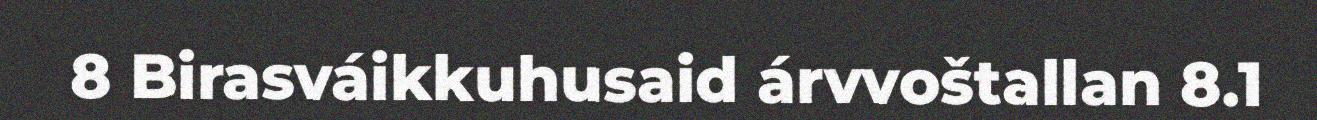
8 Birasváikkuhusaid árvvoštallan 8.1